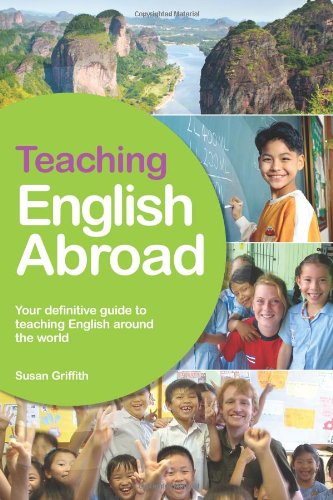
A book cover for Teaching English Abroad: A Fully Up-to-Date Guide to Teaching English Around the World; Susan Griffith; Travel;